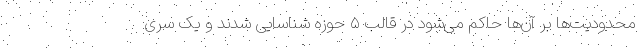
محدودیت‌ها بر آن‌ها حاکم می‌شود در قالب ۵ حوزه شناسایی شدند و یک سری